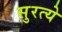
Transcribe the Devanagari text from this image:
सुरत्ये